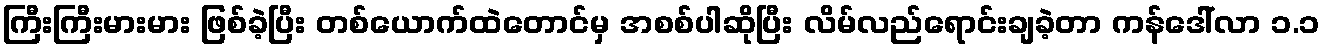
ကြီးကြီးမားမား ဖြစ်ခဲ့ပြီး တစ်ယောက်ထဲတောင်မှ အစစ်ပါဆိုပြီး လိမ်လည်ရောင်းချခဲ့တာ ကန်ဒေါ်လာ ၁.၁